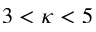
3 < \kappa < 5